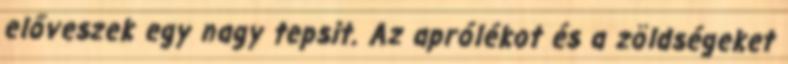
előveszek egy nagy tepsit. Az aprólékot és a zöldségeket